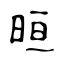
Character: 晅